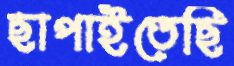
ছাপাইতেছি